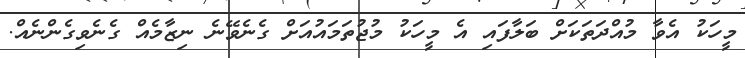
މީހަކު އެވާ މުއްދަތަކަށް ބަލާފައި އެ މީހަކު މުޖުތަމައުއަށް ގެނެވޭނެ ނިޒާމެއް ގެނެވިގެންނެއް.